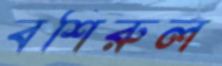
বশিরুল